Medical and sanitary report of the native army of Bengal for the year
Year: 1876
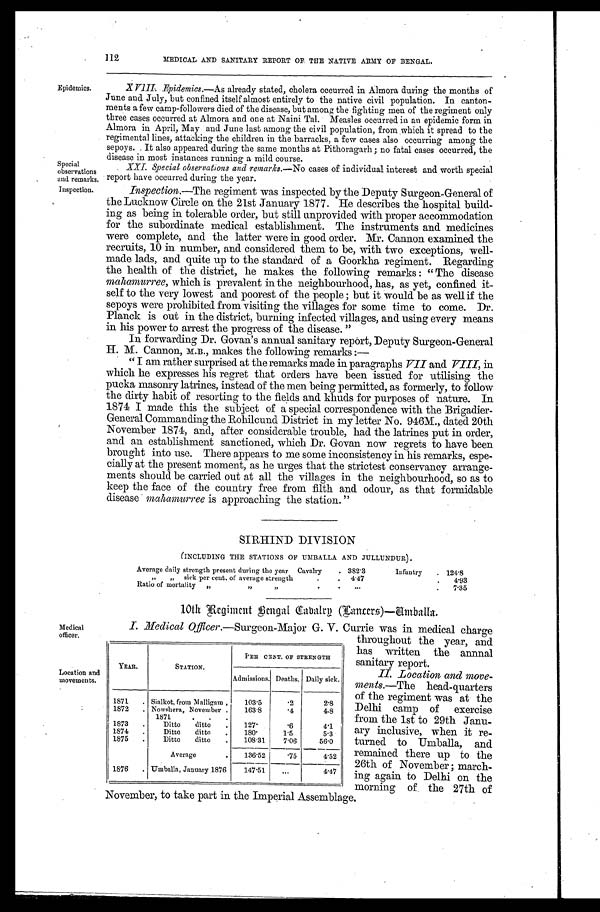
Epidemics.
Special
observations
and remarks
Inspection.
112
MEDICAL AND SANITARY REPORT OF THE NATIVE ARMY OF BENGAL.
XVIII. Epidemics.—As already stated, cholera occurred in Almora during the months of
June and July, but confined itself almost entirely to the native civil population. In canton
-ments a few camp-followers died of the disease, but among the fighting men of the regiment only
three cases occurred at Almora and one at Naini Tal. Measles occurred in an epidemic form in
Almora in April, May and June last among the civil population, from which it spread to the
regimental lines, attacking the children in the barracks, a few cases also occurring among the
sepoys. It also appeared during the same months at Pithoragarh; no fatal cases occurred, the
disease in most instances running a mild course.
XXI. Special observations and remarks. —No cases of individual interest and worth special
report have occurred during the year.
Inspection.—The regiment was inspected by the Deputy Surgeon-General of
the Lucknow Circle on the 21st January 1877. He describes the hospital build
-ing as being in tolerable order, but still unprovided with proper accommodation
for the subordinate medical establishment. The instruments and medicines
were complete, and the latter were in good order. Mr. Cannon examined the
recruits, 10 in number, and considered them to be, with two exceptions, well-
made lads, and quite up to the standard of a Goorkha regiment. Regarding
the health of the district, he makes the following remarks: "The disease
mahamurree, which is prevalent in the neighbourhood, has, as yet, confined it
-self to the very lowest and poorest of the people; but it would be as well if the
sepoys were prohibited from visiting the villages for some time to come. Dr.
Planck is out in the district, burning infected villages, and using every means
in his power to arrest the progress of the disease. "
In forwarding Dr. Govan's annual sanitary report, Deputy Surgeon-General
H. M. Cannon, M.B., makes the following remarks:—
"I am rather surprised at the remarks made in paragraphs VII and VIII, in
which he expresses his regret that orders have been issued for utilising the
pucka masonry latrines, instead of the men being permitted, as formerly, to follow
the dirty habit of resorting to the fields and khuds for purposes of nature. In
1874 I made this the subject of a special correspondence with the Brigadier-
General Commanding the Rohilcund District in my letter No. 946M., dated 20th
November 1874, and, after considerable trouble, had the latrines put in order,
and an establishment sanctioned, which Dr. Govan now regrets to have been
brought into use. There appears to me some inconsistency in his remarks, espe
-cially at the present moment, as he urges that the strictest conservancy arrange
-ments should be carried out at all the villages in the neighbourhood, so as to
keep the face of the country free from filth and odour, as that formidable
disease mahamurree is approaching the station."
SIRHIND DIVISION
(INCLUDING THE STATIONS OF UMBALLA AND JULLUNDUR)
Average daily strength present during the year Cavalry
382.3
Infantry
124.8
„ „ sick per cent. of average strength
4 . 4 7
4. 93
Ratio of mortality " " "
7.35
Medical
officer.
Location and
movements.
10th Regiment Bengal Cavalry (Lancers)—Umballa.
I. Medical Officer.—Surgeon-Major G. V. Currie was in medical charge
.
throughout the year, and
has written the annual
sanitary report.
II. Location and move
- m e n t s .
— T h e
h e a d - q u a r t e r s
of the regiment was at the
Delhi camp of exercise
from the 1st to 29th Janu
-ary inclusive, when it re
- t u r n e d t o U m b a l l a , a n d
remained there up to the
26th of November; march
-ing again to Delhi on the
morning of, the 27th of
November, to take part in the Imperial Assemblage.
YEAR.
STATION.
PER CENT. OF STRENGTH
Admissions. Deaths. Daily sick.
1871
Sialkot, from Malligam,
103.5
.2
2.8
1872
Nowshera, November
1871
163.8
.4
4.8
1873
Ditto ditto
127.
.6
4.1
1874
Ditto ditto
180.
1.5
5.3
1875
Ditto ditto
108.31
7.06
56.0
Average
136.52
.75
4.52
1876
Umballa, January 1876
147.51
4.47